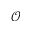
\mathcal { O }